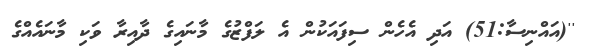
''(އައްނިސާ:51) އަދި އެހެން ސިފައަކުން އެ ލަފްޒުގެ މާނައިގެ ދާއިރާ ވަކި މާނައެއްގެ